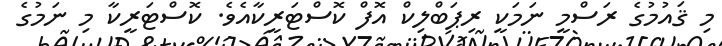
މި ޤައުމުގެ ރަސްމީ ނަމަކީ ރިޕަބްލިކް އޮފް ކޮސްޓަރީކާއެވެ. ކޮސްޓަރީކާ މި ނަމުގެ